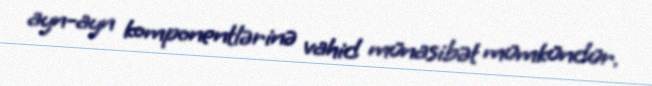
ayn-ayn komponentlərinə vahid münasibət mümkündür.